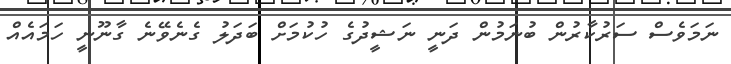
ނަމަވެސް ސަރުކާރުން ބުނަމުން ދަނީ ނަޝީދުގެ ހުކުމަށް ބަދަލު ގެނެވޭނެ ގާނޫނީ ހަމައެއް